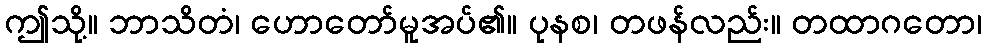
ဤသို့။ ဘာသိတံ၊ ဟောတော်မူအပ်၏။ ပုနစ၊ တဖန်လည်း။ တထာဂတော၊